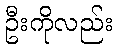
ဦးကိုလည်း